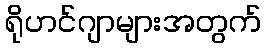
ရိုဟင်ဂျာများအတွက်